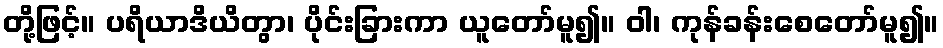
တို့ဖြင့်။ ပရိယာဒိယိတွာ၊ ပိုင်းခြားကာ ယူတော်မူ၍။ ဝါ၊ ကုန်ခန်းစေတော်မူ၍။